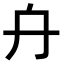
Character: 𠔾